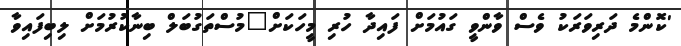
'ކޮންމެ ދަރިވަރަކު ވެސް ވާންވީ ގައުމަށް ފައިދާ ހުރި މީހަކަށް"މުސްތަގުބަލް ބިނާކުރުމަށް ލިބިފައިވާ